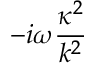
- i \omega \frac { \kappa ^ { 2 } } { k ^ { 2 } }